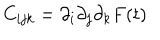
C _ { i j k } = \partial _ { i } \partial _ { j } \partial _ { k } F ( t )